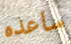
ساعده